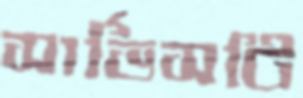
সার্ভিসটি